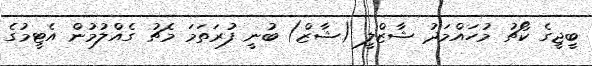
ބީޖީގެ ކޯޗު މުހައްމަދު ޝާޒްލީ (ޝާޒް) ބުނީ ފުރަތަމަ މެޗު ގެއްލުމުން އެޓީމުގެ